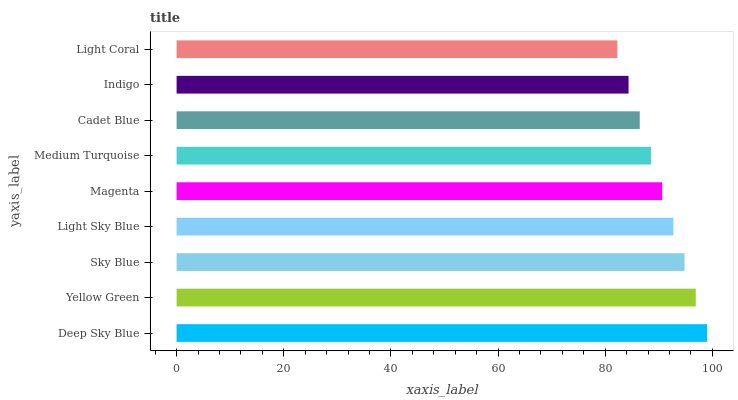
| yaxis_label | bars |
 | --- | --- |
 | Deep Sky Blue | 99 |
 | Yellow Green | 96.9 |
 | Sky Blue | 94.8 |
 | Light Sky Blue | 92.7 |
 | Magenta | 90.6 |
 | Medium Turquoise | 88.5 |
 | Cadet Blue | 86.5 |
 | Indigo | 84.4 |
 | Light Coral | 82.3 |